Dysentery in Hazaribagh Central Jail - Number 52
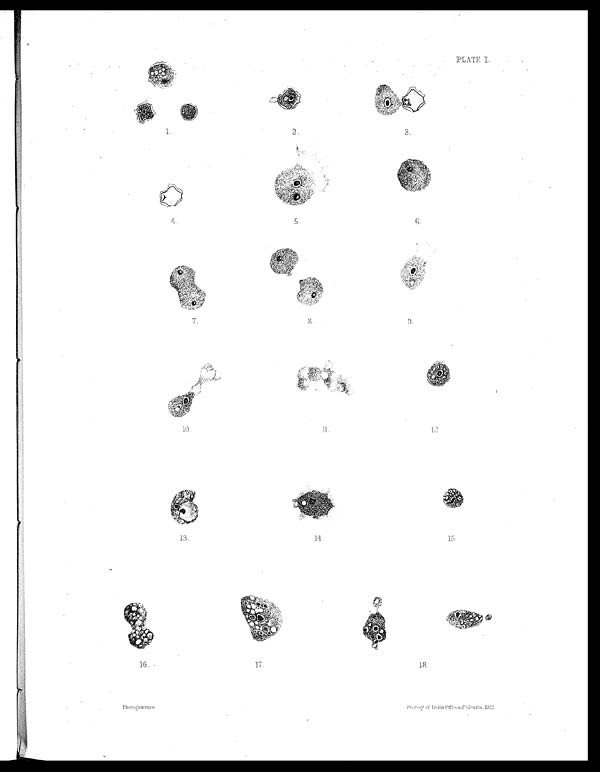
PLATE
I .
1.
2.
3.
4.
5.
6. 7. 8. 9.
10.
11.
12.
13.
14.
15.
16.
17.
18.
Photo ģravnre.
S u r v e y o f I n d i a o f f i c e s C a l c u t t a 1 9 1 2